Snake-venoms in relation to hæmolysis - Number 17
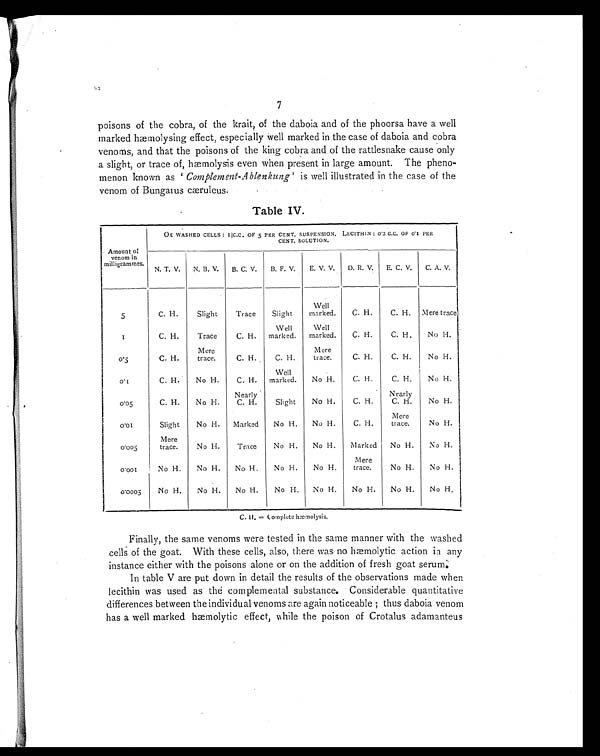
7
poisons of the cobra, of the krait, of the daboia and of the phoorsa have a well
marked hæmolysing effect, especially well marked in the case of daboia and cobra
venoms, and that the poisons of the king cobra and of the rattlesnake cause only
a slight, or trace of, hæmolysis even when present in large amount. The pheno-
menon known as Complement-Ablenkung' is well illustrated in the case of the
venom of Bungaius cæruleus.
Table IV.
Amount of
venom in
milligrammes.
OK WASHED CELLS : 1/C.C. OF 5 PER CENT. SUSPENSION. LECITHIN : 0.2 C.C. OF 0.1 PER
CENT. SOLUTION.
N. T. V.
N. B. V.
B. C. V.
B. F. V.
E. V. V.
D. R. V.
E. C. V.
C. A. V.
5
C. H.
Slight
Trace
Slight
Well
marked.
C. H.
C. H.
Mere trace
1
C. H.
Trace
C. H.
Well
marked.
Well
marked.
C. H.
C. H.
No H.
0.5
C. H.
Mere
trace.
C. H.
C. H.
Mere
trace.
C. H.
C. H.
No H.
0 . 1
C. H.
No H.
C. H.
Well
marked.
No H.
C. H.
C. H.
No H.
0 . 0 5 C. H.
No H.
Nearly
C. H.
Slight
No H.
C. H.
Nearly
C. H.
No H.
0.01
Slight
No H.
Marked
No H.
No H.
C. H.
Mere
trace.
No H.
0.005
Mere
trace.
No H.
Trace
No H.
No H.
Marked
No H.
No H.
0 . 0 0 1
No H.
No H.
No H.
No H.
No H.
Mere
trace.
No H.
No H.
0 .
0 0 0 5
No H.
No H.
No H.
No H.
No H.
No H.
No H.
No H.
C. H. = Complete hæmolysis.
Finally, the same venoms were tested in the same manner with the washed
cells of the goat. With these cells, also, there was no hæmolytic action in any
instance either with the poisons alone or on the addition of fresh goat serum.
In table V are put down in detail the results of the observations made when
lecithin was used as the complemental substance. Considerable quantitative
differences between the individual venoms are again noticeable ; thus daboia venom
has a well marked hæmolytic effect, while the poison of Crotalus adamanteus